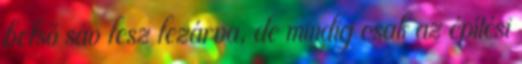
belső sáv lesz lezárva, de mindig csak az építési